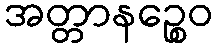
အတ္တာနဉ္စေဝ